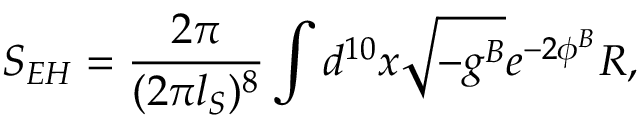
{ S _ { E H } = { \frac { 2 \pi } { ( 2 \pi l _ { S } ) ^ { 8 } } } \int d ^ { 1 0 } x \sqrt { - g ^ { B } } e ^ { - 2 \phi ^ { B } } R , }